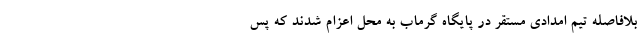
بلافاصله تیم امدادی مستقر در پایگاه گرماب به محل اعزام شدند که پس